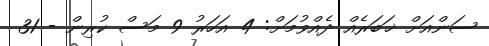
ސަންއަށް ޚަބަރެއް ދެއްވުމަށް: 4 އަހަރު 9 މަސް ކުރިން - 31